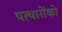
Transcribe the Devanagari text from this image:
पत्थारोंको